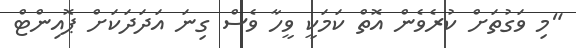
"މި ވަގުތަށް ކުރެވެން އޮތް ކަމަކީ ވީހާ ވެސް ގިނަ އަދަދަކަށް ޕޮއިންޓް